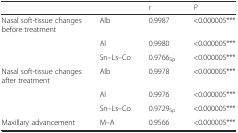
|  |  | r | P |
 | --- | --- | --- | --- |
 | Nasal soft-tissue changes before treatment | Alb | 0.9987 | <0.000005*** |
 |  | Al | 0.9980 | <0.000005*** |
 |  | Sn–Ls–Co | 0.9766Sp | <0.000005*** |
 | Nasal soft-tissue changes after treatment | Alb | 0.9978 | <0.000005*** |
 |  | Al | 0.9976 | <0.000005*** |
 |  | Sn–Ls–Co | 0.9729Sp | <0.000005*** |
 | Maxillary advancement | M–A | 0.9566 | <0.000005*** |